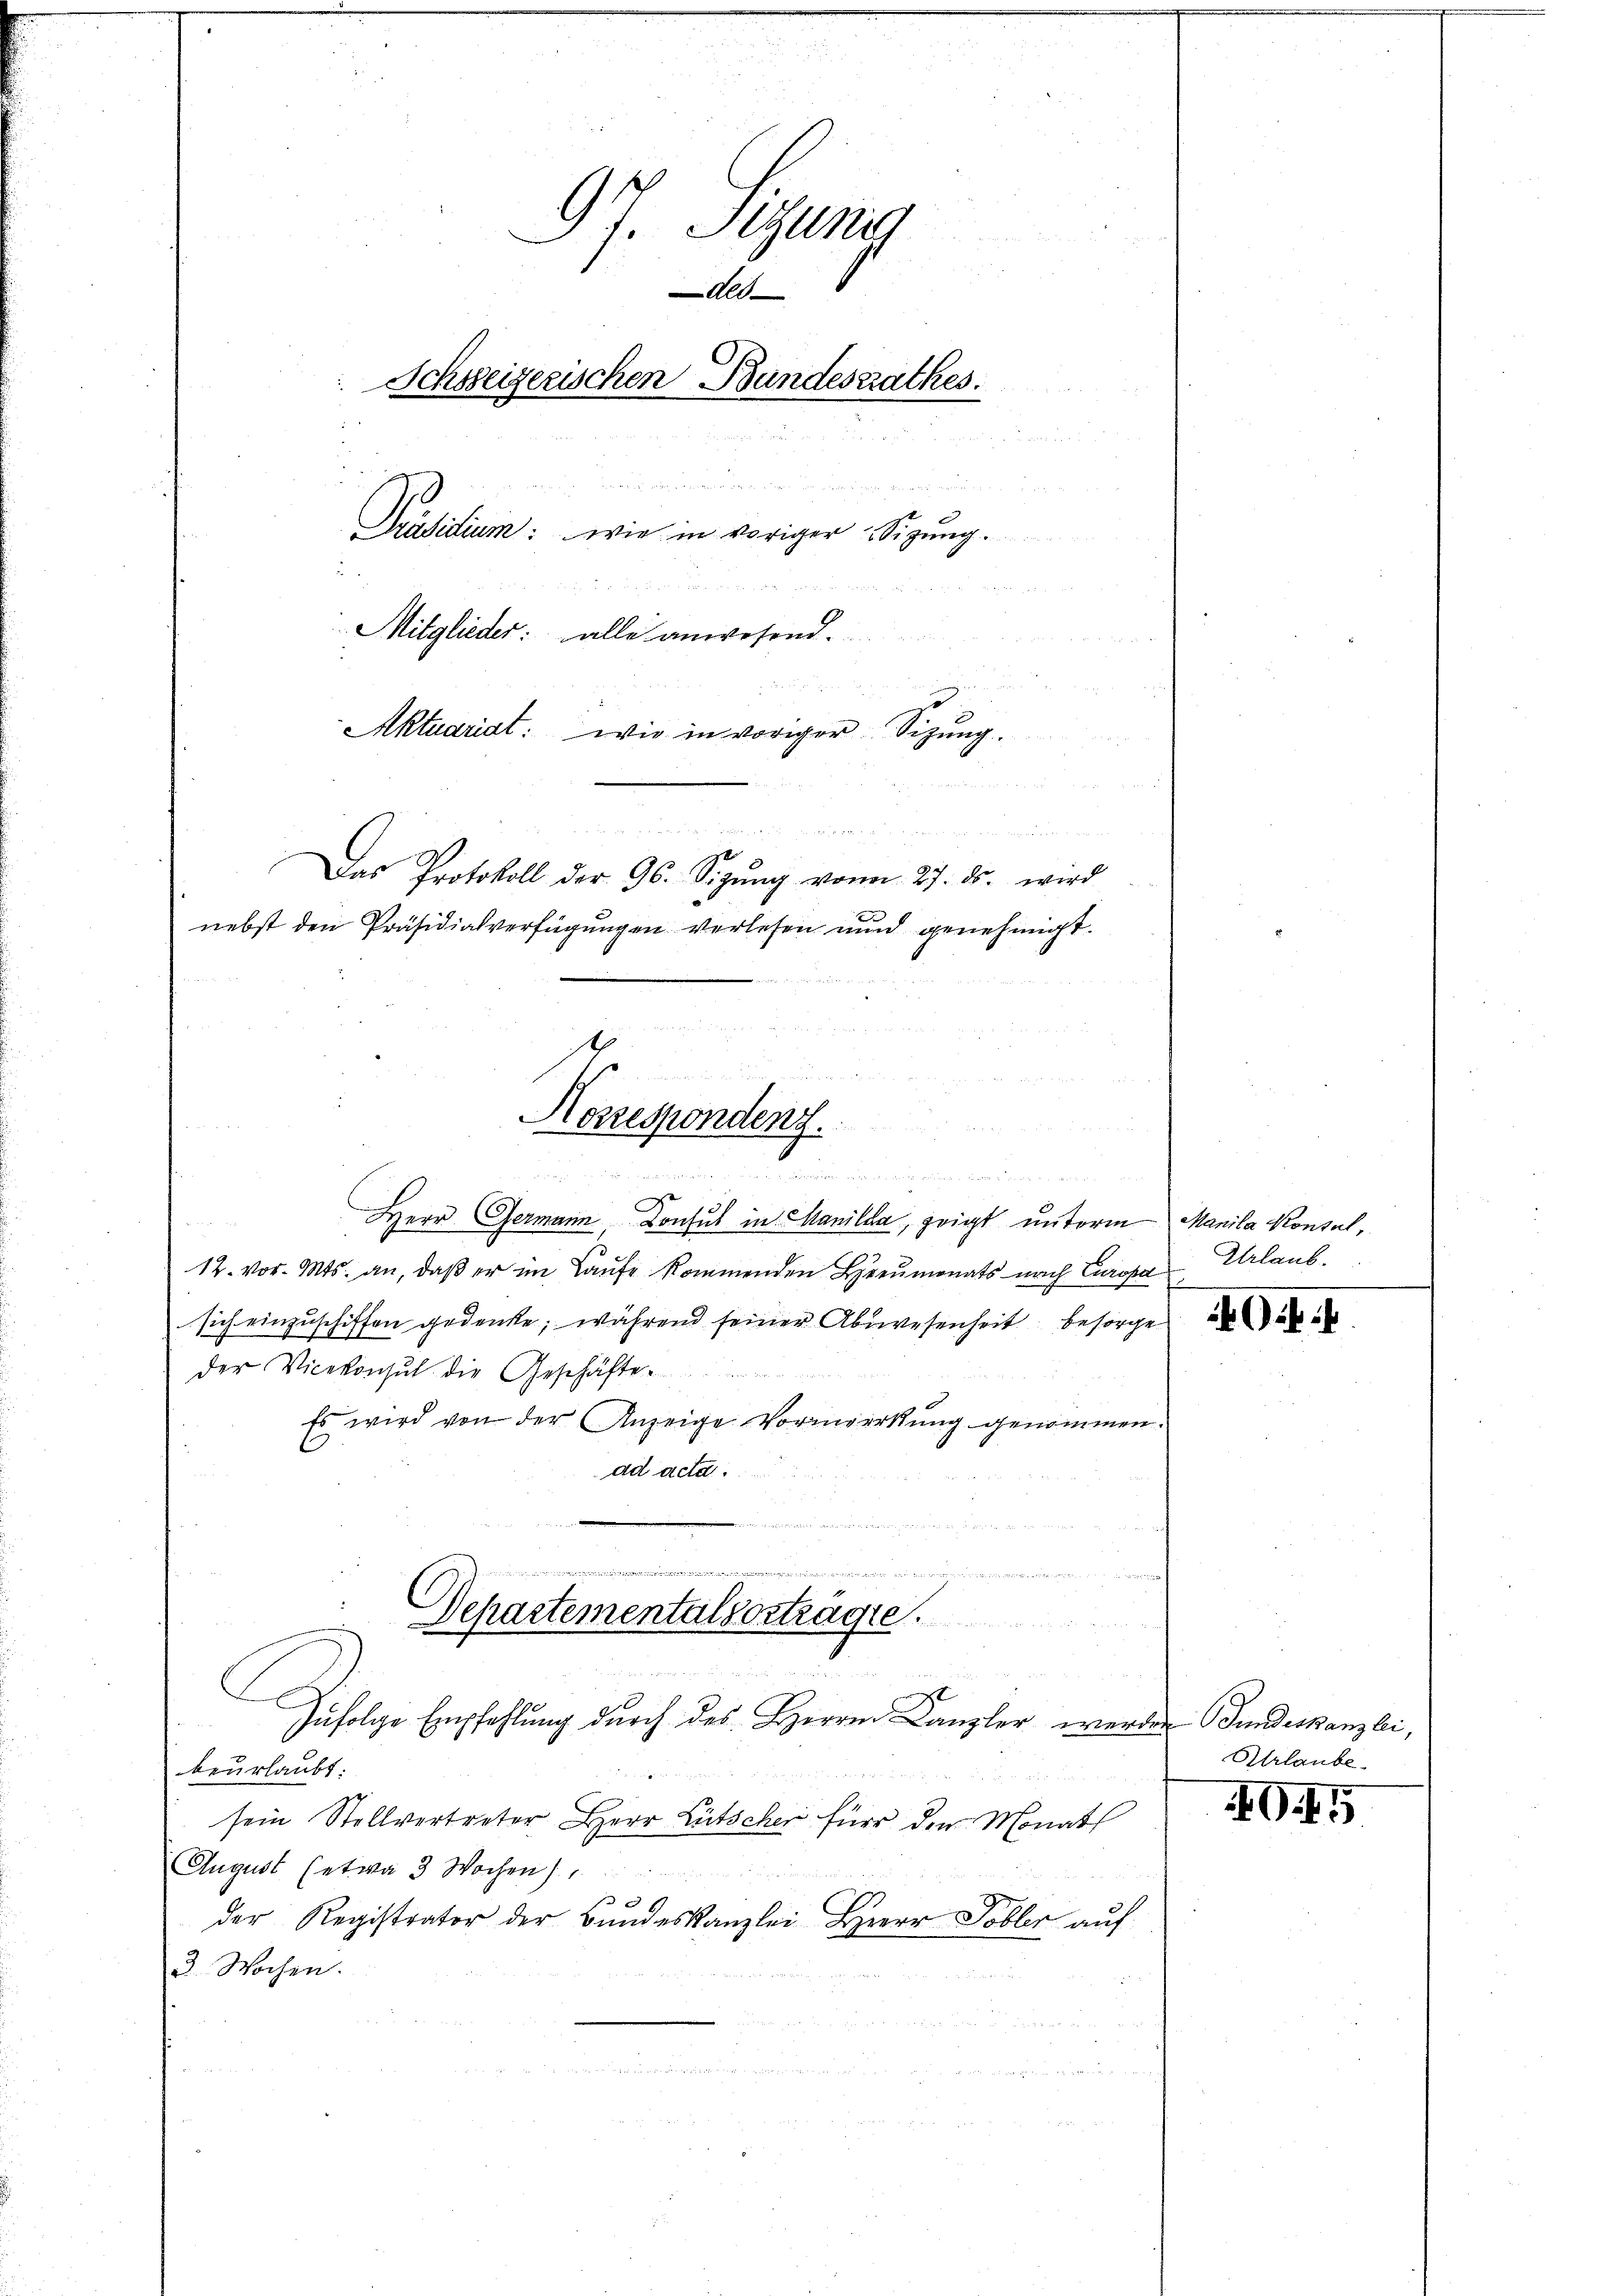
u
Korrespondenz.

9 J. Sitzung
e
des
Schoseizerischen Bundesrathes.
n

5 x 2
Präsidium: wie in voriger Sigung.
u
g
Mitglieder: alle anwesend.

e
Aktuariat: wie in voriger Sitzŭng.
u
e

          2
n
Das Protokoll der 96. Sigŭng von 27. ds. wird
nebst den Präsidialverfügungen verlesen und genehmigt.

e  den
  und an ein
Herr Germann, Konsul in Manilda, zeigt unterm Manila Konsul¬
12. vor. Mts. an, daß er im Laufe kommenden Heumonats nach Europa
sich einzuschiffen gedenke, während seiner Abwesenheit besorge
der Vicekonsul die Geschäfte
Es wird von der Anzeige Vormerkung genommen.
ad acta.
d
 der die zu m

Schartementalvorträge.
m
s
Infolge Empfehlung durch des Herrn Canzler werden Gundeskanzlei,

C.
beurlaubt.
sein Stellvertreter Herr Lütscher für den Monat
August (etwa 3 Wochen)
der Registrator der Bundeskanzlei Herr Tobler auf
3 Wochen.

Urlaub.

G.f

Urlaube

40.